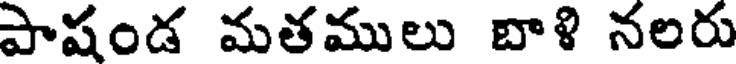
పాషండ మతములు బాళి నలరు